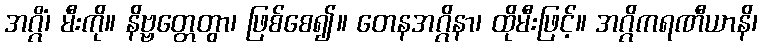
အဂ္ဂိံ၊ မီးကို။ နိဗ္ဗတ္တေတွာ၊ ဖြစ်စေ၍။ တေနအဂ္ဂိနာ၊ ထိုမီးဖြင့်။ အဂ္ဂိကရဏီယာနိ၊